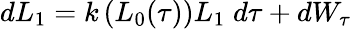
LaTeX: dL_{1}=k\left(L_{0}(\tau)\right)L_{1}\; d\tau+dW_{\tau}